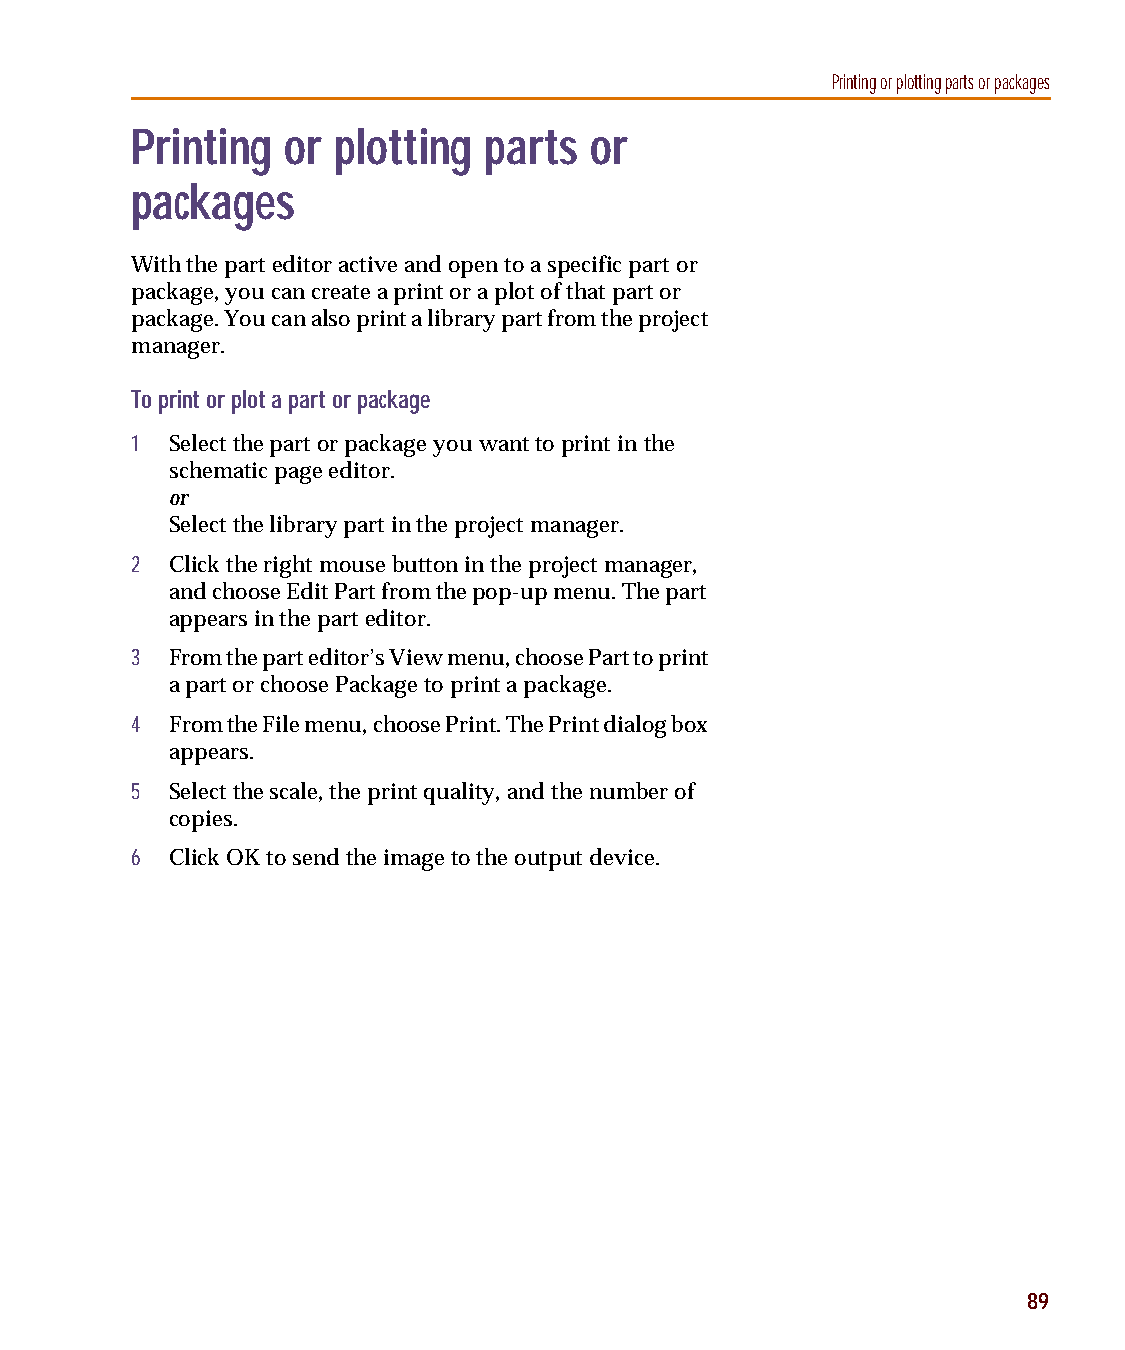
capug.book Page 89 Thursday, November 12, 1998 3:38 PM
 Printing or plotting parts or packages
 Printing  or plotting  parts  or
 packages
 With the part editor active and open to a specific part or
 package, you can create a print or a plot of that part or
 package. You can also print a library part from the project
 manager.
 To print or plot a part or package
 1 Select the part or package you want to print in the
 schematic page editor.
 or
 Select the library part in the project manager.
 2 Click the right mouse button in the project manager,
 and choose Edit Part from the pop-up menu. The part
 appears in the part editor.
 3 From the part editor’s View menu, choose Part to print
 a part or choose Package to print a package.
 4 From the File menu, choose Print. The Print dialog box
 appears.
 5 Select the scale, the print quality, and the number of
 copies.
 6 Click OK to send the image to the output device.
 89